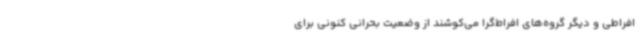
افراطی و دیگر گروه‌های افراط‌گرا می‌کوشند از وضعیت بحرانی کنونی برای